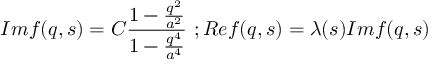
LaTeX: I m f ( q , s ) = C \frac { 1 - \frac { q ^ { 2 } } { a ^ { 2 } } } { 1 - \frac { q ^ { 4 } } { a ^ { 4 } } } \ ; R e f ( q , s ) = \lambda ( s ) I m f ( q , s )